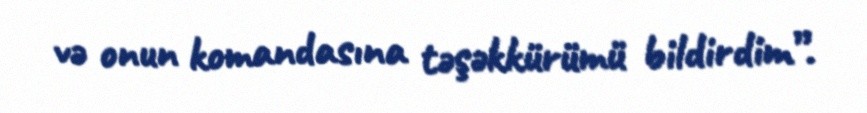
və onun komandasına təşəkkürümü bildirdim”.